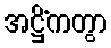
အဋ္ဌိံကတွာ